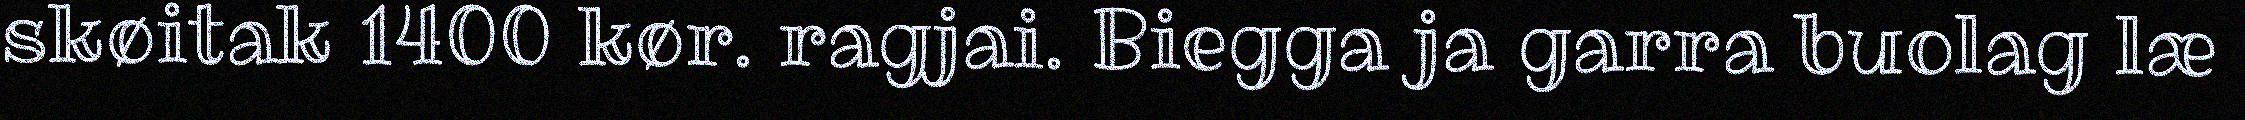
skøitak 1400 kør. ragjai. Biegga ja garra buolag læ